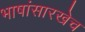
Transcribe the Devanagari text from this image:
भाषांसारखेच